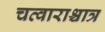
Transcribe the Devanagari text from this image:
चत्वाराश्चात्र